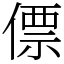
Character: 僄